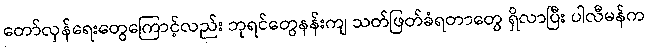
တော်လှန်ရေးတွေကြောင့်လည်း ဘုရင်တွေနန်းကျ သတ်ဖြတ်ခံရတာတွေ ရှိလာပြီး ပါလီမန်က